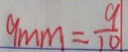
9 m m = \frac { 9 } { 1 0 }